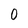
Character: 0